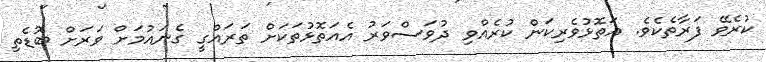
ކުރެވޭ ފަރާތެކެވެ. އަތޮޅުވެރިކަން ކުރެއްވި ދުވަސްވަރު އެއަތޮޅުތަކަށް ތަރައްގީ ގެނައުމަށް ވަރަށް ބޮޑެތި